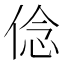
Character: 㑫